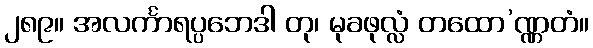
၂၈၉။ အလင်္ကာရပ္ပဘေဒါ တု၊ မုခဖုလ္လံ တထော’ဏ္ဏတံ။